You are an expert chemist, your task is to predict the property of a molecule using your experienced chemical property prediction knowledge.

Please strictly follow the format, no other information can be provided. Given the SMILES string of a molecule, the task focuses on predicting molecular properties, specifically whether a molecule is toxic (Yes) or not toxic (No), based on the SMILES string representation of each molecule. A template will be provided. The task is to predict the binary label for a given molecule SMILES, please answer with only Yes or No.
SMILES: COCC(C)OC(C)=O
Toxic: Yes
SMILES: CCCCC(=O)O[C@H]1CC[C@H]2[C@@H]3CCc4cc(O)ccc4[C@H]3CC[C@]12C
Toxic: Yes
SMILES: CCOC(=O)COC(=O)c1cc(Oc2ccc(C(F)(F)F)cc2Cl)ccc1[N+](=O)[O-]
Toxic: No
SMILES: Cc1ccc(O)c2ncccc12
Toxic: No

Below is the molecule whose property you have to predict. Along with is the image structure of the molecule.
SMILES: CO/N=C(/C(=O)N[C@@H]1C(=O)N2C(C(=O)O)=C(Cn3nnc(C)n3)CS[C@H]12)c1csc(N)n1
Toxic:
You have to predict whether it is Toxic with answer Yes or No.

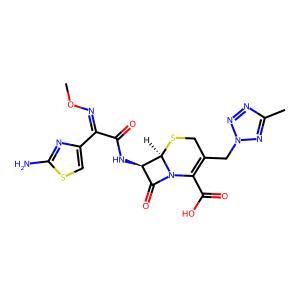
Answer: No